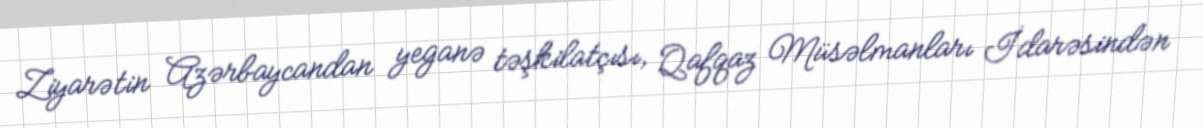
Ziyarətin Azərbaycandan yeganə təşkilatçısı, Qafqaz Müsəlmanları İdarəsindən